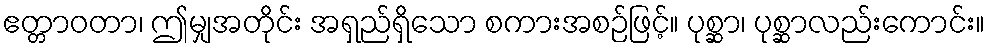
ဧတ္တာဝတာ၊ ဤမျှအတိုင်း အရှည်ရှိသော စကားအစဉ်ဖြင့်။ ပုစ္ဆာ၊ ပုစ္ဆာလည်းကောင်း။